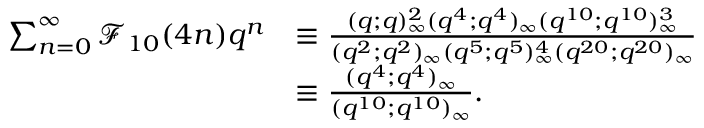
\begin{array} { r l } { \sum _ { n = 0 } ^ { \infty } \mathcal { F } _ { 1 0 } ( 4 n ) q ^ { n } } & { \equiv \frac { ( q ; q ) _ { \infty } ^ { 2 } ( q ^ { 4 } ; q ^ { 4 } ) _ { \infty } ( q ^ { 1 0 } ; q ^ { 1 0 } ) _ { \infty } ^ { 3 } } { ( q ^ { 2 } ; q ^ { 2 } ) _ { \infty } ( q ^ { 5 } ; q ^ { 5 } ) _ { \infty } ^ { 4 } ( q ^ { 2 0 } ; q ^ { 2 0 } ) _ { \infty } } } \\ & { \equiv \frac { ( q ^ { 4 } ; q ^ { 4 } ) _ { \infty } } { ( q ^ { 1 0 } ; q ^ { 1 0 } ) _ { \infty } } . } \end{array}